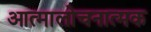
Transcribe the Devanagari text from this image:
आत्मालोचनात्मक